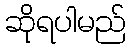
ဆိုရပါမည်